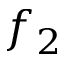
f _ { 2 }